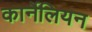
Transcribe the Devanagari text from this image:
कार्नेलियन